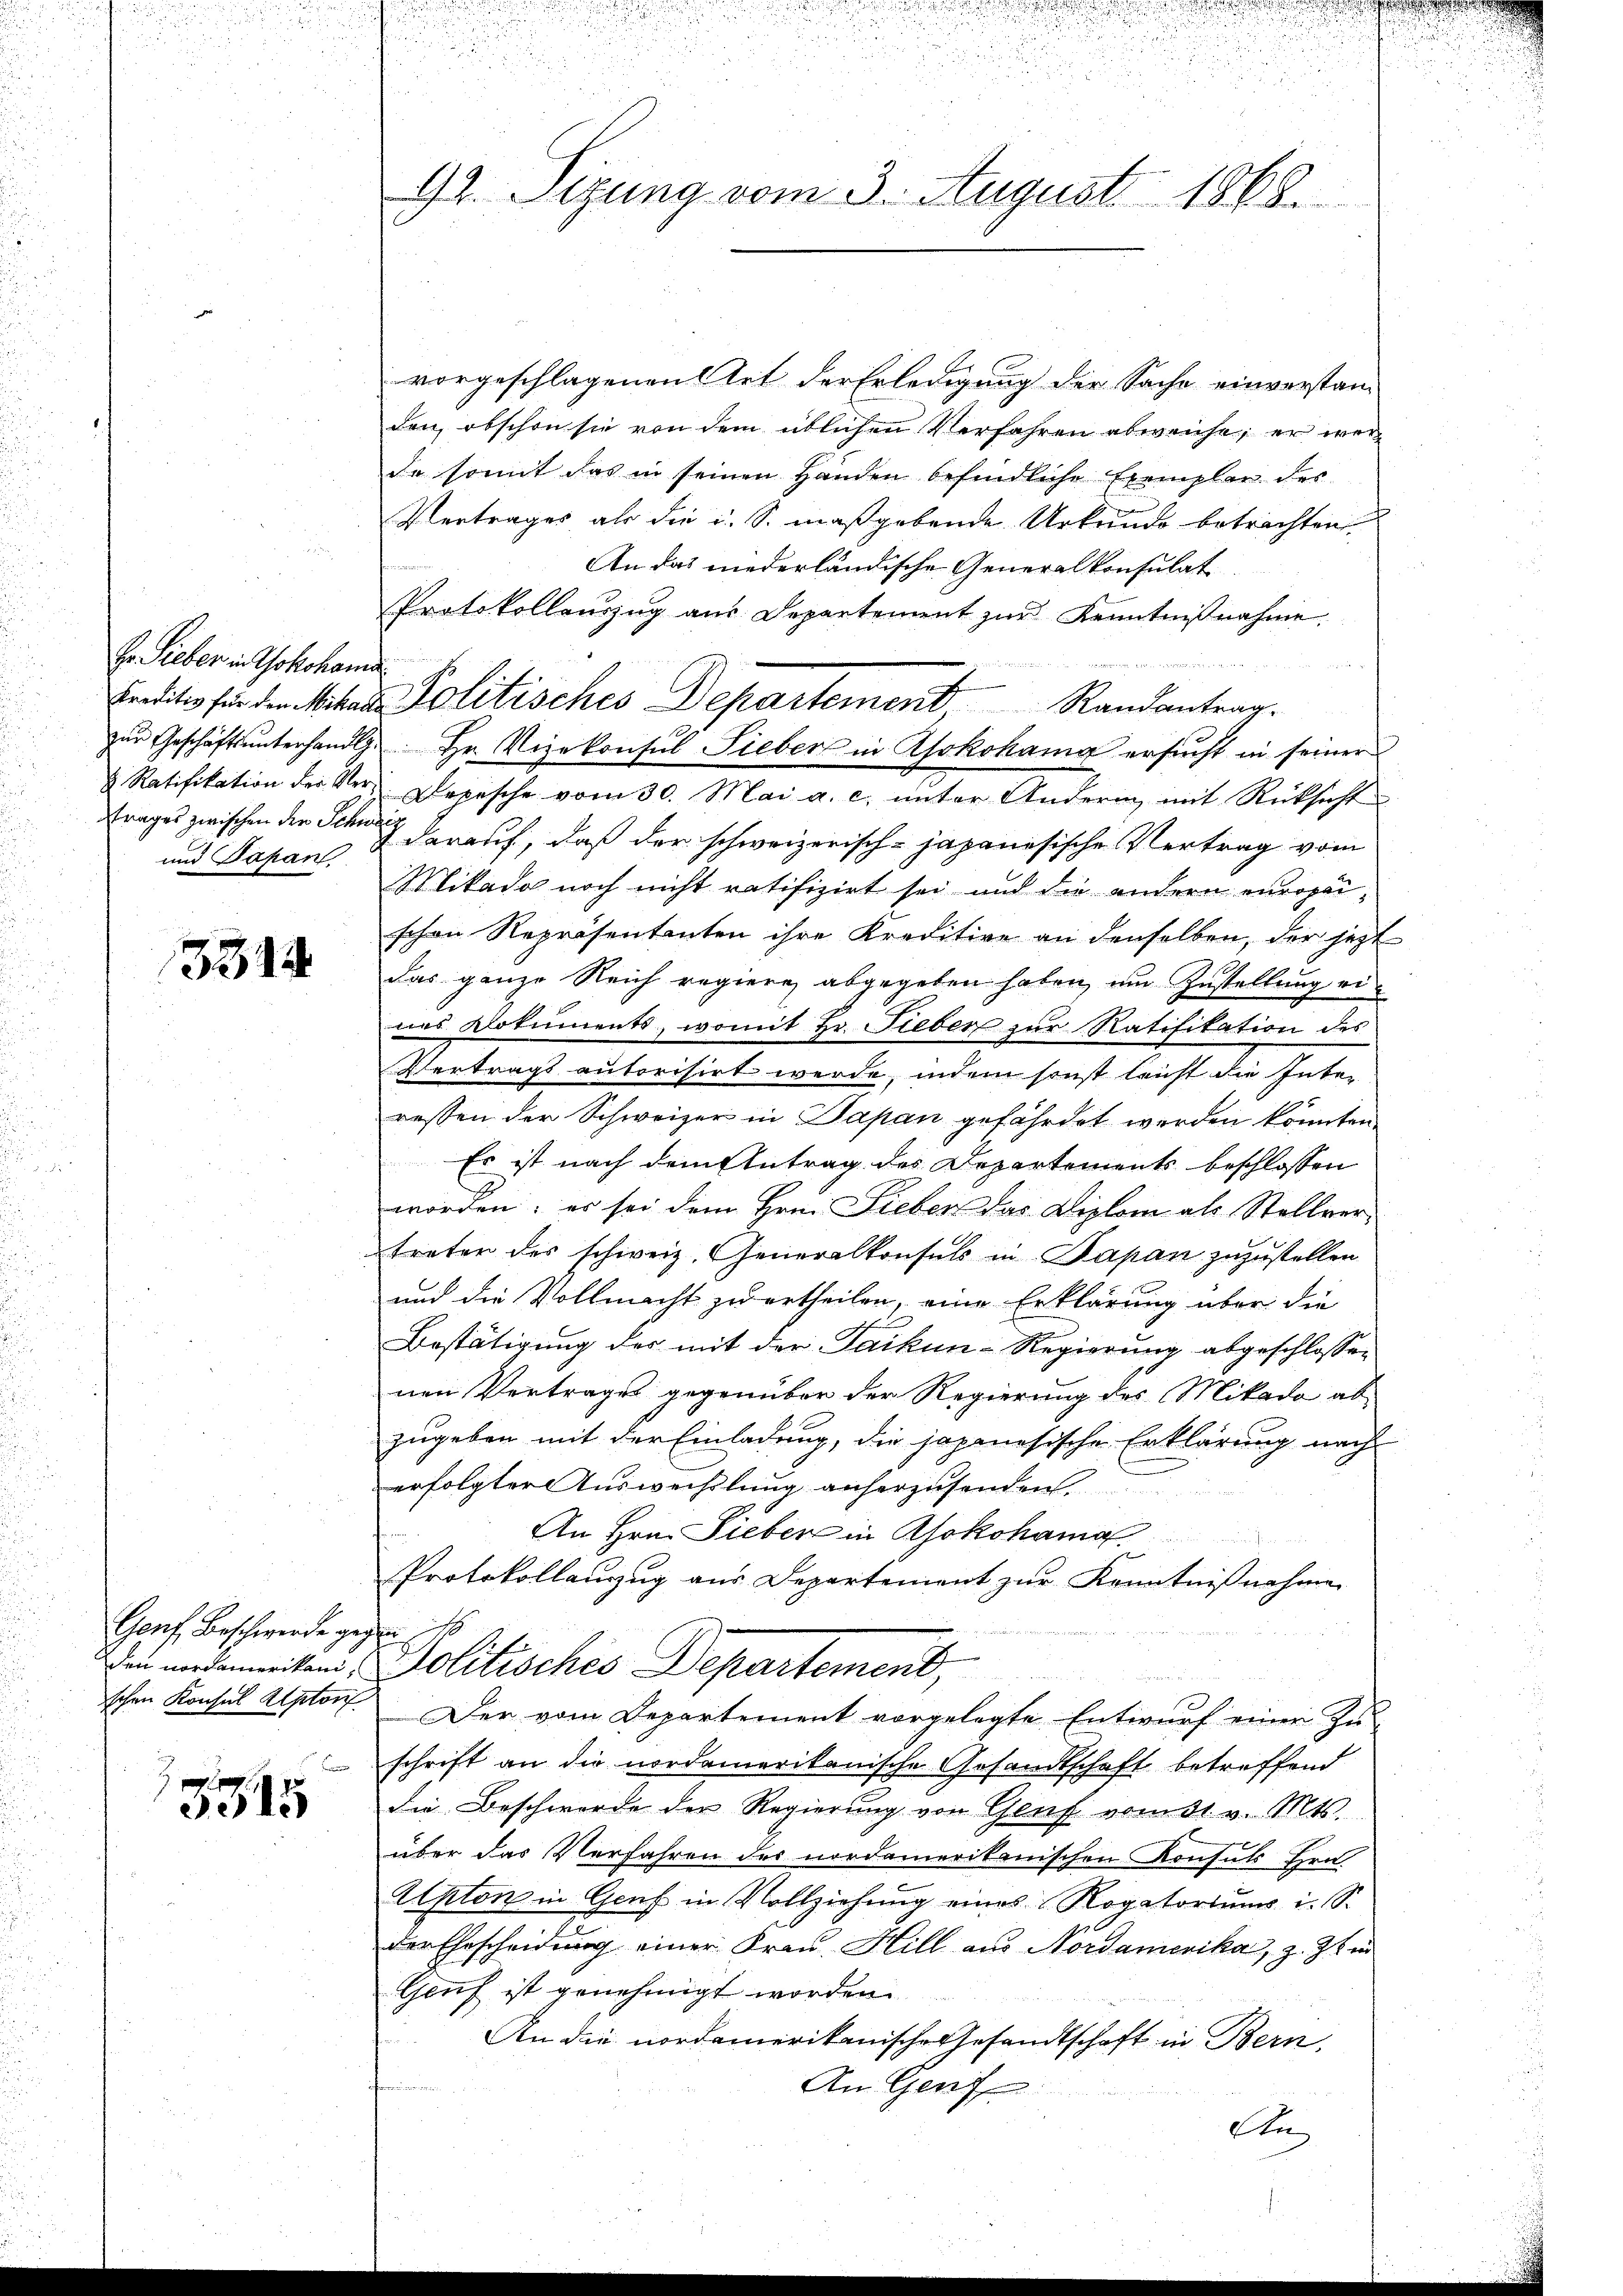
H. Lieber in Yokohama
. Ratifikation der Vertrages zwischen der Schwei¬
und Japan

1331

Genf Beschwerde geg
den nordamerikanischen Konsul Aptor

5515

u
92. Sizung vom 3. August 1868.

vorgeschlagenen Art der Erledigung der Sache einverstanden, obschon sie von dem üblichen Verfahren abweiche, er wei
da somit das in seinen Handen befindliche Exemplar des
Vertrages als die u. S. maßgebende Urkunde betrachten
An das niederländische Generalkonsulat
Protokollauszug aus Departement zur Kenntnißnahme.
2
zŭr Geschäftsŭnterhandlg. Hr. Vizekonsul Sieber in Yokohama ersucht in seiner
Depesche vom 30. Mai a. c. unter Andern mit Rücksicht
 darauf, daß der schweizerisch-japanesische Vertrag vom
Mikado noch nicht ratifizirt sei und die andern europaischon Repräsentanten ihre Kreditive an denselben, der jetzt
das ganze Reich regiere abgegeben haben, um Zustellung eines Dokuments, womit Hr. Fieber zur Ratifikation des
Vertrags autorisirt werde, indem sonst leicht die Inter
ressen der Schweizer in Japan gefährdet werden könnten
Es ist nach dem Antrag des Departements beschlossen
worden; es sei dem Hrn. Sieben das Diplom als Stellvertreter des schweiz. Generalkonsuls in Papan zuzustellen
und die Vollmacht zu ertheilen, eine Erklärung über die
Bestätigung des mit der Taikun-Regierung abgeschlossen
nen Vertrages gegenüber der Regierung des Mikado abzugeben mit der Einladung, die japanesische Erklärung nach
erfolgter Auswechslung anherzusenden
An Hrn. Sieber in Asokohama
Protokollauzug aus Departement zur Kenntnißnahme
f
Politisches Departement,
Der vom Departement vorgelegte Entwurf einer Zu-
schrift an die nordamerikanische Gesandtschaft betreffend
die Beschwerde der Regierung von Genf vom 31. v. Mts.
über das Verfahren des nordamerikanischen Konsuls Hrn.
Apton in Genf in Vollziehung eines Rogatoriums i. S.
der Ehescheidung einer Frau Hill aus Nordamerika, z. Zt. in
Genf ist genehmigt worden.
An die nordamerikanische Gesandtschaft in Bern,
faren, wenigen in
An Genf
En

Credits für der Mitar Politisches Departement Randantrag.